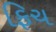
ફિચ